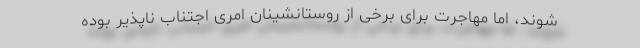
شوند، اما مهاجرت برای برخی از روستانشینان امری اجتناب ناپذیر بوده